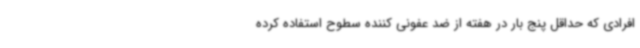
افرادی که حداقل پنج بار در هفته از ضد عفونی کننده سطوح استفاده کرده